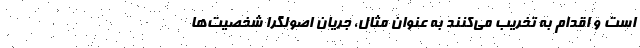
است و اقدام به تخریب می‌کنند به عنوان مثال، جریان اصولگرا شخصیت‌ها